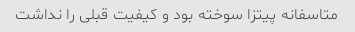
متاسفانه پیتزا سوخته بود و کیفیت قبلی را نداشت